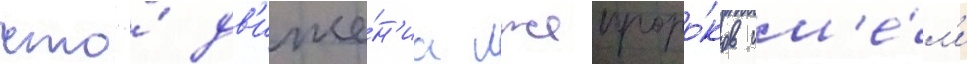
что́ дв'иже́н'иа лжепроро́ков им'е́л'и